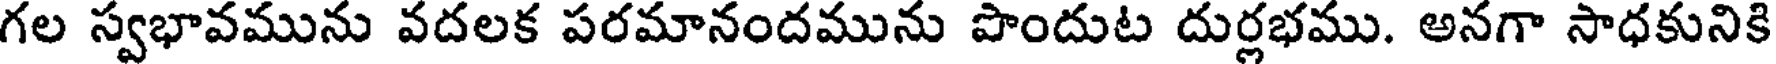
గల స్వభావమును వదలక పరమానందమును పొందుట దుర్లభము. అనగా సాధకునికి